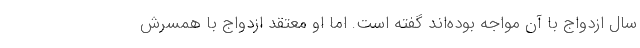
سال ازدواج با آن مواجه بوده‌اند گفته است. اما او معتقد ازدواج با همسرش